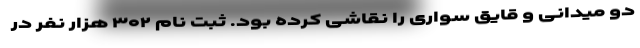
دو میدانی و قایق سواری را نقاشی کرده بود. ثبت نام ۳۰۲ هزار نفر در